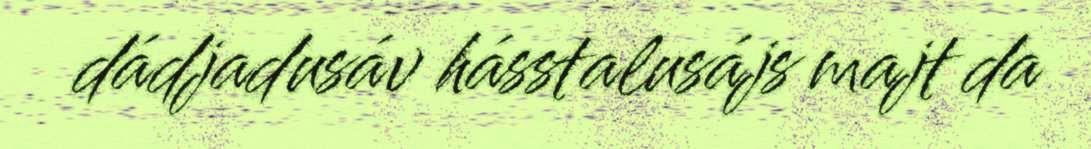
dádjadusáv hásstalusájs majt da